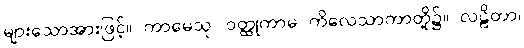
များသောအားဖြင့်။ ကာမေသု၊ ဝတ္ထုကာမ ကိလေသာကာတို့၌။ လဠိတာ၊